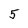
Character: 5